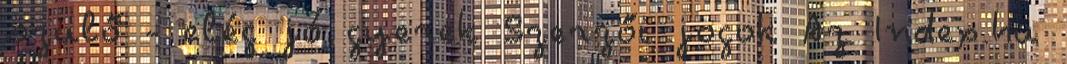
szülő - elég jó gyerek Szerzői jogok Az Index.hu